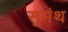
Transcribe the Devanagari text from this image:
सुमंथ